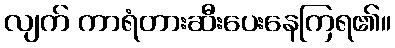
လျက် ကာရံတားဆီးပေးနေကြရ၏။